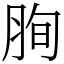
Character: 𦚧